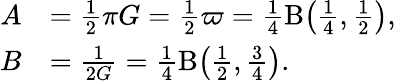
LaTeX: {\begin{array}{rl}{A}&{={\frac{1}{2}}\pi G={\frac{1}{2}}\varpi={\frac{1}{4}}\mathrm{B}{\bigl(}{\frac{1}{4}},{\frac{1}{2}}{\bigr)},}\\ {B}&{={\frac{1}{2G}}={\frac{1}{4}}\mathrm{B}{\bigl(}{\frac{1}{2}},{\frac{3}{4}}{\bigr)}.}\end{array}}